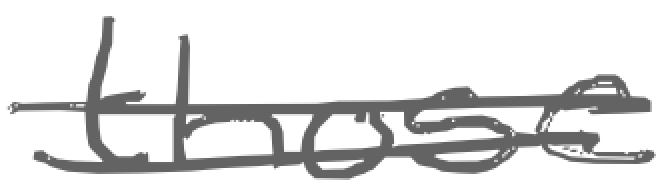
Text: those
Cross-out: double-line
Writing tool: digital_gray